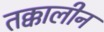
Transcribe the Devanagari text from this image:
तक्कालीन